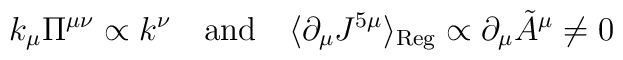
k_\mu \Pi^{\mu\nu} \propto k^\nu \quad {\rm and} \quad \langle\partial_\mu J^{5\mu}\rangle_{\rm Reg} \propto \partial_\mu{\tilde A}^\mu \neq 0